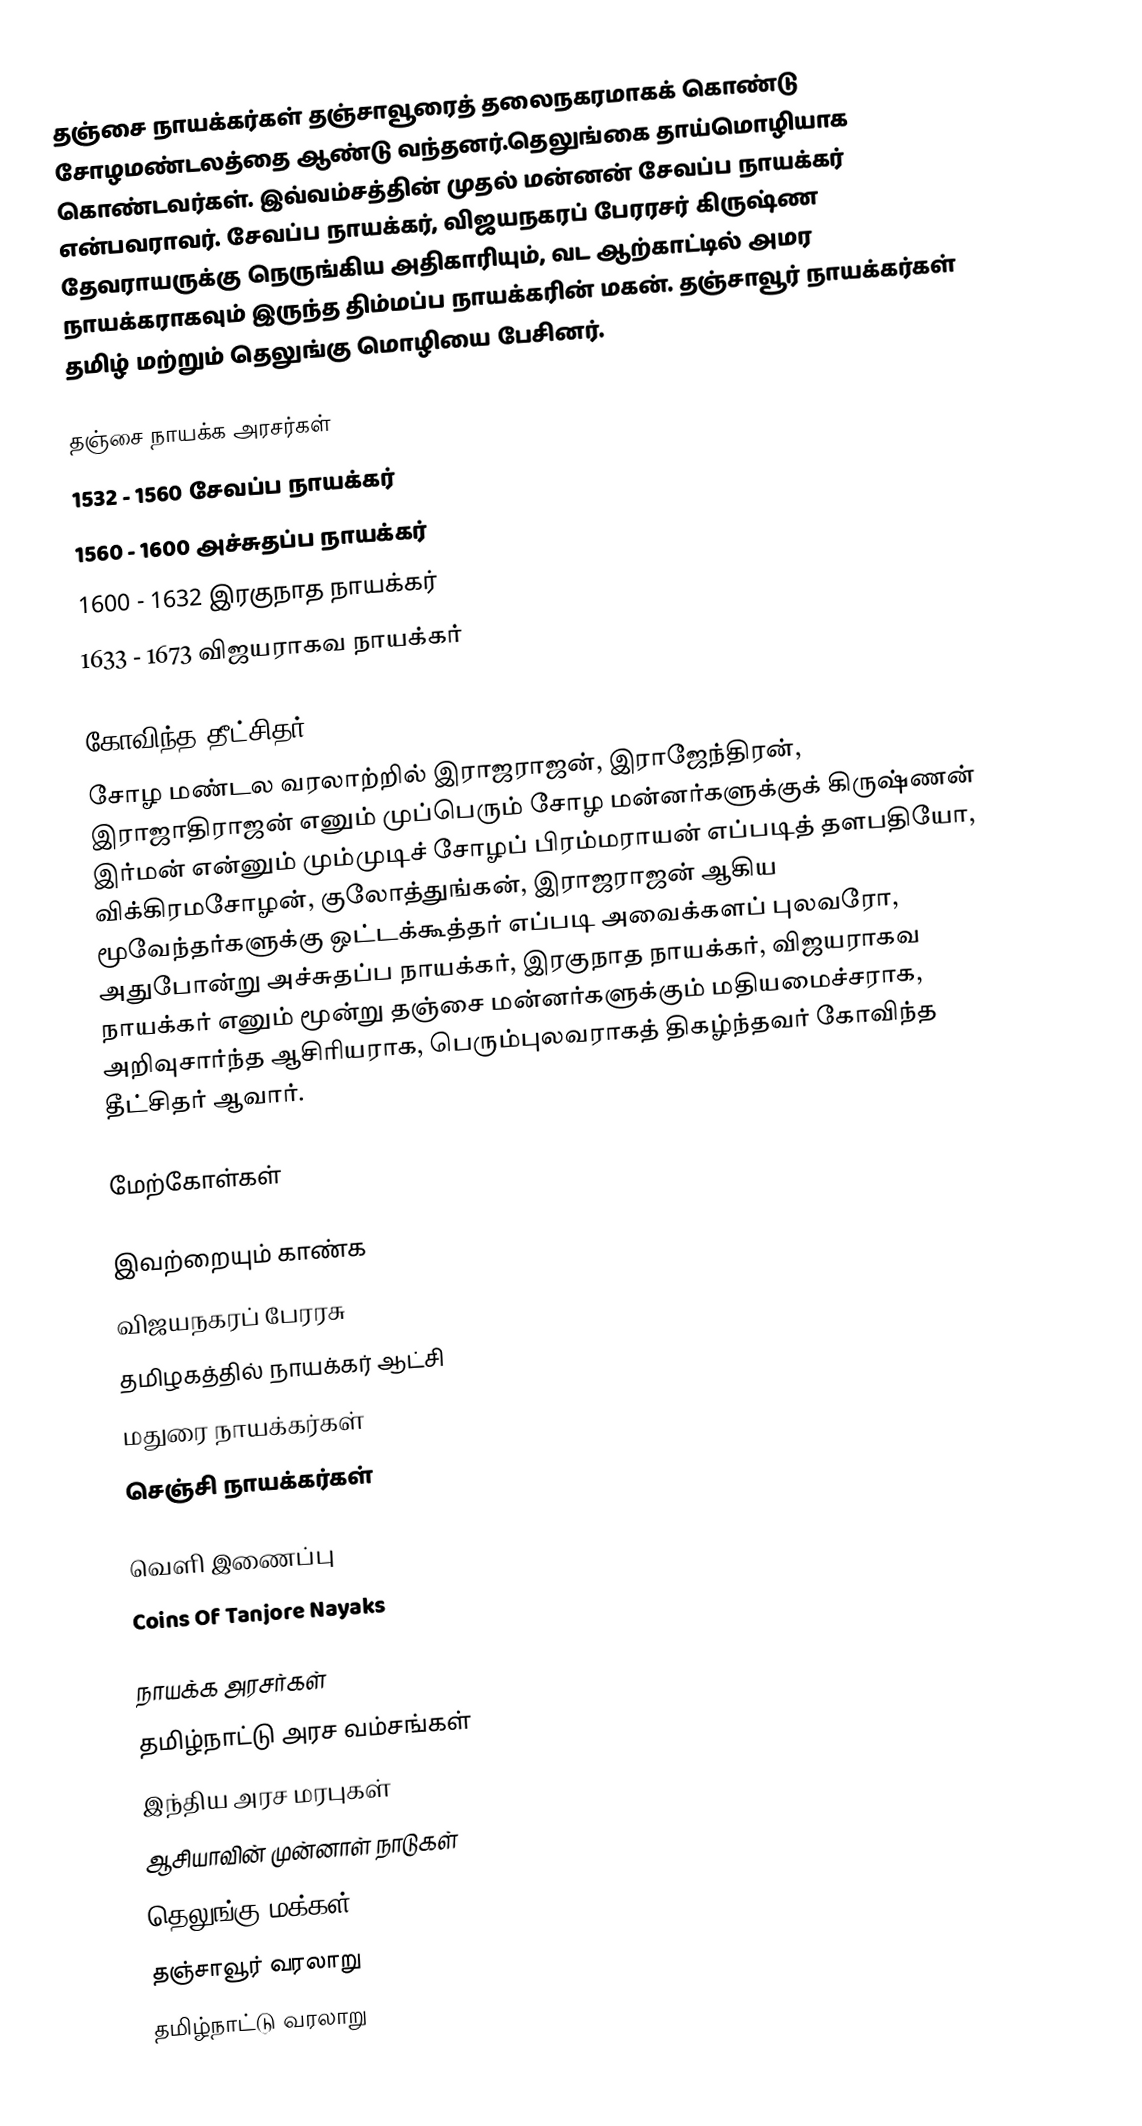
தஞ்சை நாயக்கர்கள் தஞ்சாவூரைத் தலைநகரமாகக் கொண்டு சோழமண்டலத்தை ஆண்டு வந்தனர்.தெலுங்கை தாய்மொழியாக கொண்டவர்கள். இவ்வம்சத்தின் முதல் மன்னன் சேவப்ப நாயக்கர் என்பவராவர். சேவப்ப நாயக்கர், விஜயநகரப் பேரரசர் கிருஷ்ண தேவராயருக்கு நெருங்கிய அதிகாரியும், வட ஆற்காட்டில் அமர நாயக்கராகவும் இருந்த திம்மப்ப நாயக்கரின் மகன். தஞ்சாவூர் நாயக்கர்கள் தமிழ் மற்றும் தெலுங்கு மொழியை பேசினர்.

தஞ்சை நாயக்க அரசர்கள்
 1532 - 1560 சேவப்ப நாயக்கர்
 1560 - 1600 அச்சுதப்ப நாயக்கர்
 1600 - 1632 இரகுநாத நாயக்கர்
 1633 - 1673 விஜயராகவ நாயக்கர்

கோவிந்த தீட்சிதர்
சோழ மண்டல வரலாற்றில் இராஜராஜன், இராஜேந்திரன், இராஜாதிராஜன் எனும் முப்பெரும் சோழ மன்னர்களுக்குக் கிருஷ்ணன் இர்மன் என்னும் மும்முடிச் சோழப் பிரம்மராயன் எப்படித் தளபதியோ, விக்கிரமசோழன், குலோத்துங்கன், இராஜராஜன் ஆகிய மூவேந்தர்களுக்கு ஒட்டக்கூத்தர் எப்படி அவைக்களப் புலவரோ, அதுபோன்று அச்சுதப்ப நாயக்கர், இரகுநாத நாயக்கர், விஜயராகவ நாயக்கர் எனும் மூன்று தஞ்சை மன்னர்களுக்கும் மதியமைச்சராக, அறிவுசார்ந்த ஆசிரியராக, பெரும்புலவராகத் திகழ்ந்தவர் கோவிந்த தீட்சிதர் ஆவார்.

மேற்கோள்கள்

இவற்றையும் காண்க
 விஜயநகரப் பேரரசு
 தமிழகத்தில் நாயக்கர் ஆட்சி
 மதுரை நாயக்கர்கள்
 செஞ்சி நாயக்கர்கள்

வெளி இணைப்பு
 Coins Of Tanjore Nayaks

நாயக்க அரசர்கள்
தமிழ்நாட்டு அரச வம்சங்கள்
இந்திய அரச மரபுகள்
ஆசியாவின் முன்னாள் நாடுகள்
தெலுங்கு மக்கள்
தஞ்சாவூர் வரலாறு
தமிழ்நாட்டு வரலாறு